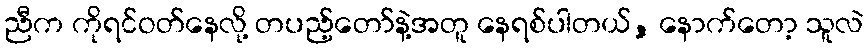
ညီက ကိုရင်ဝတ်နေလို့ တပည့်တော်နဲ့အတူ နေရစ်ပါတယ်, နောက်တော့ သူလဲ